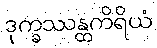
ဒုက္ခဿန္တကိရိယံ